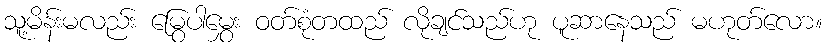
သူ့မိန်းမလည်း မြွေပါမွှေး ဝတ်စုံတထည် လိုချင်သည်ဟု ပူဆာနေသည် မဟုတ်လော။